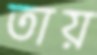
তায়